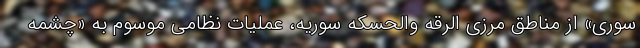
سوری» از مناطق مرزی الرقه والحسکه سوریه، عملیات نظامی موسوم به «چشمه